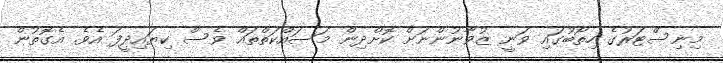
މިނިސްޓަރުގެ ހިތޯބުގައި ވަނީ ޒުވާނުންނަށް ކޮށްދިން މަސައްކަތްތައް ވެސް ކިޔައިދީފަ އެވެ. އެގޮތުން